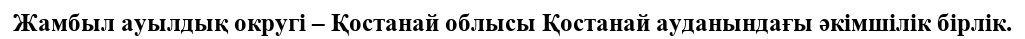
Жамбыл ауылдық округі – Қостанай облысы Қостанай ауданындағы әкімшілік бірлік.